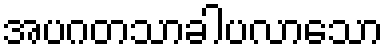
အပဂတသာခါပလာသော